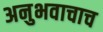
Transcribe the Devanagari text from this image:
अनुभवाचाच